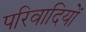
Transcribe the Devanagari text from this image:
परिवादियों